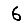
Digit: 6